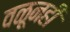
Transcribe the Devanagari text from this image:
वळूनही